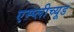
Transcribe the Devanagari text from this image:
एम्प्लीच्यूड